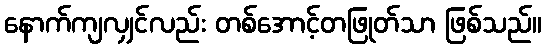
နောက်ကျလျှင်လည်း တစ်အောင့်တဖြုတ်သာ ဖြစ်သည်။